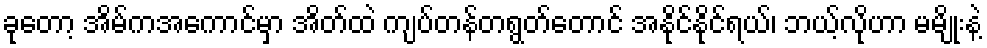
ခုတော့ အိမ်ကအကောင်မှာ အိတ်ထဲ ကျပ်တန်တရွတ်တောင် အနိုင်နိုင်ရယ်၊ ဘယ့်လိုဟာ မမျိုးနဲ့